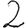
Digit: 2